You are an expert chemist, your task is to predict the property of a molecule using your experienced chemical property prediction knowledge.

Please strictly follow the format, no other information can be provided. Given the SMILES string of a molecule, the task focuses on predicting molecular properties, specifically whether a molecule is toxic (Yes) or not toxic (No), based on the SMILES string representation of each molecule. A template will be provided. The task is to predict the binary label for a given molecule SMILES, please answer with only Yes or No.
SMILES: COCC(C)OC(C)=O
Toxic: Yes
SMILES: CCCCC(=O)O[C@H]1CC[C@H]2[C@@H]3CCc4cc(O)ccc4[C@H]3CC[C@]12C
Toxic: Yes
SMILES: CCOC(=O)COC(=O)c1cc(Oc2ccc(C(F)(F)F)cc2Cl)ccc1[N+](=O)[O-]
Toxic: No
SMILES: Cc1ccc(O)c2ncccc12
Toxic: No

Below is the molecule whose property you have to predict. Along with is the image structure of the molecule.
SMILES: N#CCCCCC#N
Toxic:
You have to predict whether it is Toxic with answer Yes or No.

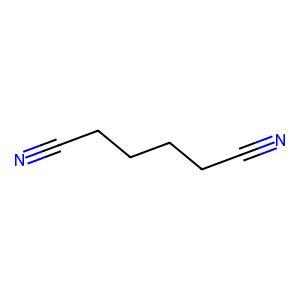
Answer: No